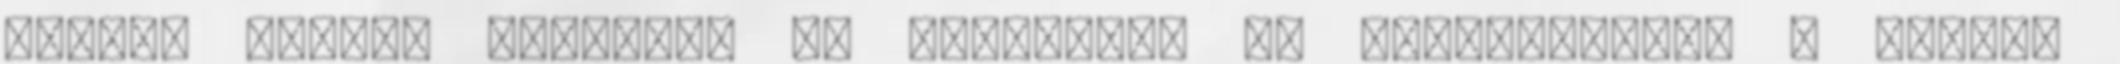
amikor reggel kiléptem az erkélyre, és meghallottam a tenger